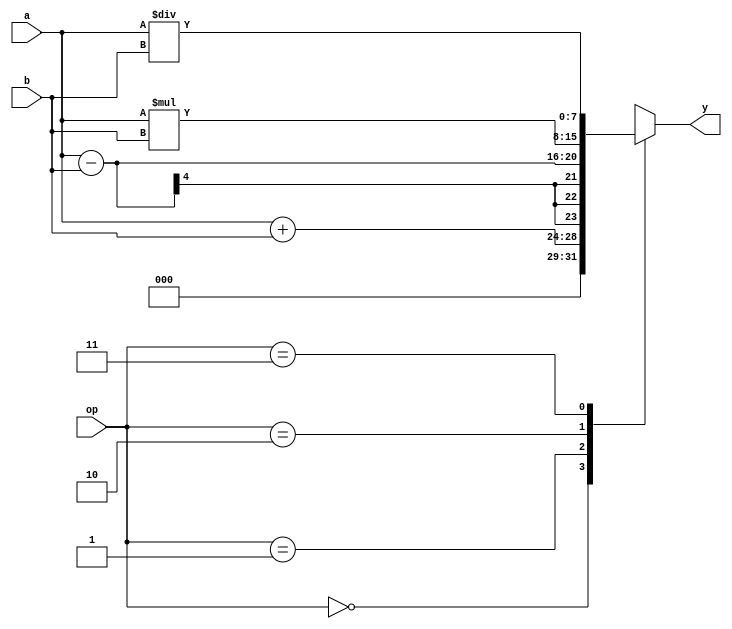
`timescale 1ns / 1ps
//////////////////////////////////////////////////////////////////////////////////
// Company: 
// Engineer: 
// 
// Design Name: 
// Module Name: alu
// Project Name: 
// Target Devices: 
// Tool Versions: 
// Description: 
// 
// Dependencies: 
// 
// Revision:
// Revision 0.01 - File Created
// Additional Comments:
// 
//////////////////////////////////////////////////////////////////////////////////


module alu(y,op,a,b);

output [7:0] y;
input [1:0]op;
input[3:0]a;
input [3:0] b;
reg [7:0] temp;

parameter add=0, sub=1, mul=2, div = 3;

always @(*)
begin
case (op)

add: temp = a+b;
sub: temp= a-b;
mul: temp = a*b;
div: temp= a/b;
default: $display("No operatiors are available");
endcase

end

assign y = temp;
endmodule